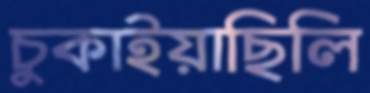
চুকাইয়াছিলি